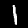
Digit: 1